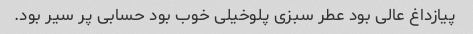
پیازداغ عالی بود عطر سبزی پلو‌خیلی خوب بود حسابی پر سیر بود.